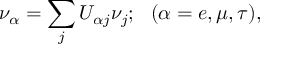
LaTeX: \nu _ { \alpha } = \sum _ { j } U _ { \alpha j } \nu _ { j } ; \: \: \: ( \alpha = e , \mu , \tau ) ,